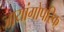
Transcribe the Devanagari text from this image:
जायांगोपरिक